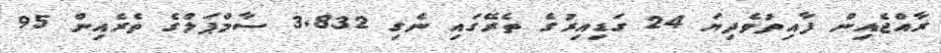
ރާއްޖެއިން ފާއިތުވެދިޔަ 24 ގަޑިއިރުގެ ތެރޭގައި ނެގި 3